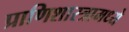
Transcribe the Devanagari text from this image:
प्राणिशास्त्रामध्ये